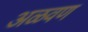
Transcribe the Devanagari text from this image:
अळवण